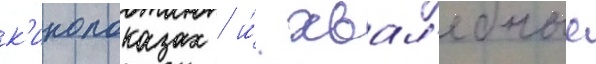
к'инопоказах / и́ хвал'ебные